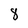
Character: 8